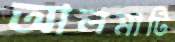
আলমাটি